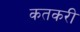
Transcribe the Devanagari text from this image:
कतकरी